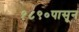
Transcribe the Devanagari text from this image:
१८९०पासून